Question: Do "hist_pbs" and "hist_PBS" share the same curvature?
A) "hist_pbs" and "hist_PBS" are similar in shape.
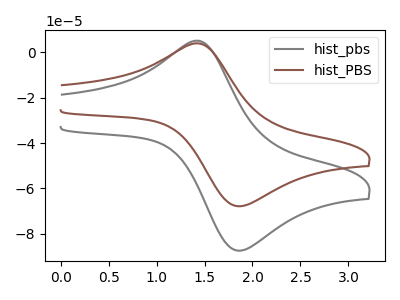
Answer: <think>The gray curve "hist_pbs" has an anodic peak at (1.45V, 5.15uA) and a cathodic peak at (1.80V, -87.25uA). The brown curve "hist_PBS" has an anodic peak at (1.45V, 4.00uA) and a cathodic peak at (1.80V, -67.70uA).
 All the peaks in "hist_pbs" have a peak in "hist_PBS" at the same potential. Every peak in "hist_pbs" is higher than every peak in "hist_PBS".</think>
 <answer>A) "hist_pbs" and "hist_PBS" are similar in shape.</answer>
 <eval>A</eval>